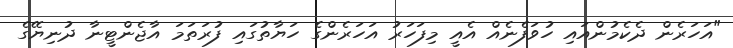
"އަހަރެން ދެކެމުންއައި ހުވަފެނެއް އެއީ މިފަހަރު އަހަރެންގެ ހަޔާތުގައި ފުރަތަމަ އާޖެންޓީނާ ދުނިޔޭގެ